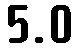
5.0